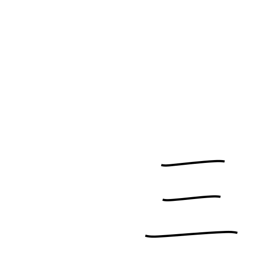
Meaning: three